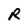
Character: R